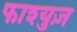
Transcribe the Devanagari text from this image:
फाश्युज़